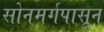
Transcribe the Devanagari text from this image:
सोनमर्गपासून